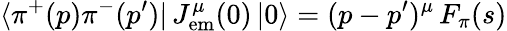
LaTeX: \langle\pi^{+}(p)\pi^{-}(p^{\prime})|\, J_{\mathrm{em}}^{\mu}(0)\, |0\rangle=(p-p^{\prime})^{\mu}\, F_{\pi}(s)